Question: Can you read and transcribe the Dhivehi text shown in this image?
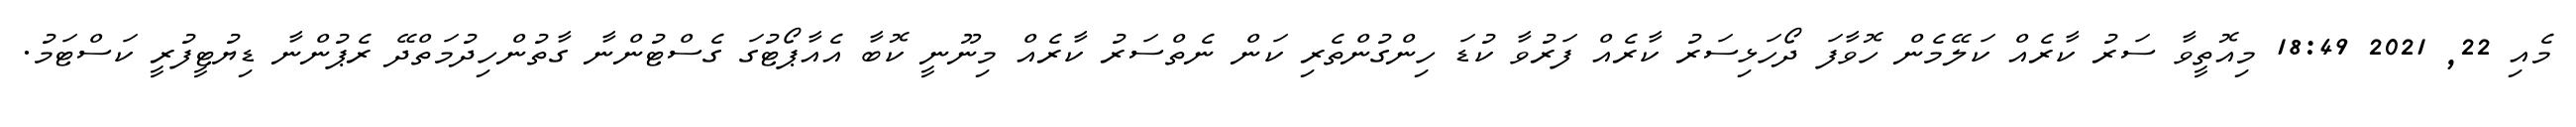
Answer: މެއި 22, 2021 18:49 މިއޮތީވާ ސަރު ކާރެއް ކަލޭމެން ހޮވާފަ ދޯހަޅިސަރު ކާރެއް ފަރުވާ ކުޑަ ހިންގުންތެރި ކަން ނެތްސަރު ކާރެއް މިނޫނީ ކޮބާ އެއާޕޯޓުގަ ގެސްޓުންނާ ގާތުންހިދުމަތްދޭ ރެޕުންނާ ޑިޔުޓީފުރީ ކަސްޓަމު.